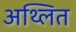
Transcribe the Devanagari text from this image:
अथ्लित